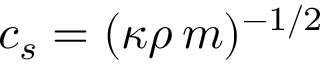
c _ { s } = ( \kappa \rho \, m ) ^ { - 1 / 2 }